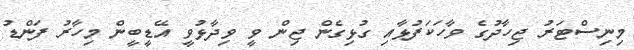
މިނިސްޓަރު ޖިހާދުގެ ވާހަކަފުޅާއި ގުޅިގެން ޖިން ވީ ވިދާޅުވީ އޭޑީބީން މިހާރު ފަންޑު